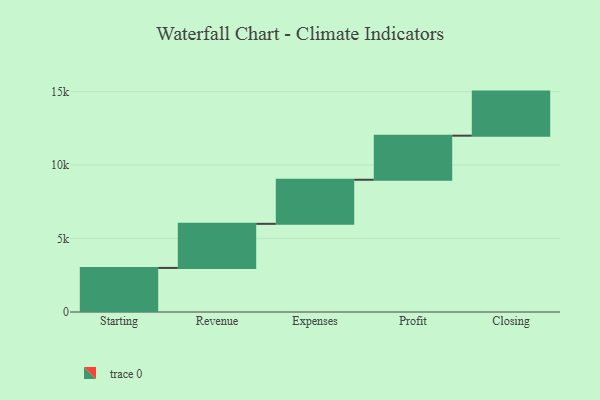
{"axis": {"x": "Step", "y": "Value"}, "legend": [""], "data": [{"x": "Starting", "y": 3000, "type": ""}, {"x": "Revenue", "y": 3000, "type": ""}, {"x": "Expenses", "y": 3000, "type": ""}, {"x": "Profit", "y": 3000, "type": ""}, {"x": "Closing", "y": 3000, "type": ""}]}